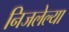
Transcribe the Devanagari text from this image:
निजलेल्या